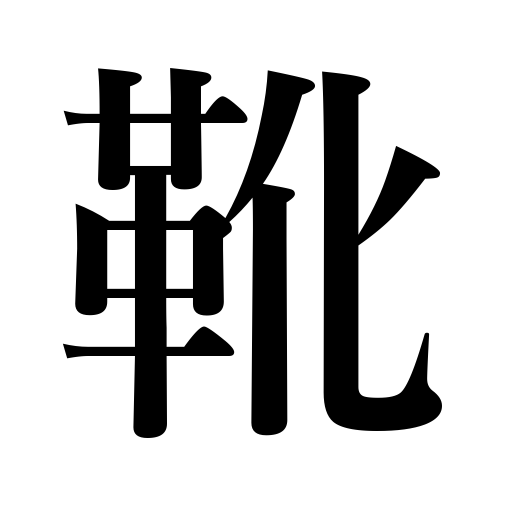
Meanings: boots,shoes